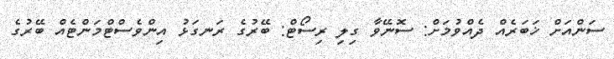
ސަންއަށް ޚަބަރެއް ދެއްވުމަށް: ސޮނޭވާ ގިލި ރިސޯޓް: ބޭރުގެ ރަނގަޅު އިންވެސްޓްމަންޓެއް ބޭރުގެ